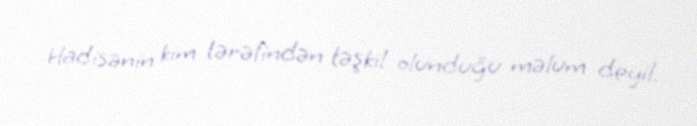
Hadisənin kim tərəfindən təşkil olunduğu məlum deyil.